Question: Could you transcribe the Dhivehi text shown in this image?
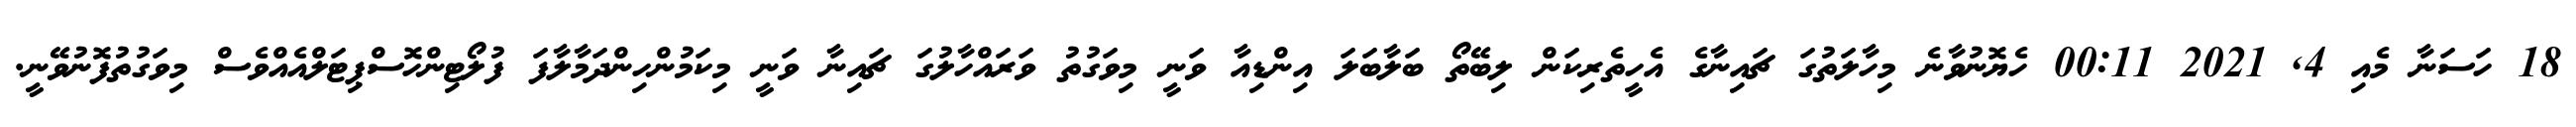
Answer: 18 ހަސަނާ މެއި 4, 2021 00:11 ހެޔޮނުވާނެ މިހާލަތުގަ ޗައިނާގެ އެހީތެރިކަން ލިބޭތޯ ބަލާބަލަ އިންޑިއާ ވަނީ މިވަގުތު ވަރައްހާލުގަ ޗައިނާ ވަނީ މިކަމުންހިންދަމާލާފަ ފުލޯޓިންހޮސްޕިޓަލްއެއްވެސް މިވަގުތުފޮނުވޭނީ.